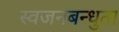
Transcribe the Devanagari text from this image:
स्वजनबन्धुता